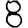
Digit: 8